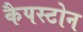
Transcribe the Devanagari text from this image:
कैपस्टोन